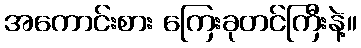
အကောင်းစား ကြေးခုတင်ကြီးနဲ့။